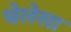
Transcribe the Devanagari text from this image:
चेलेसा